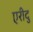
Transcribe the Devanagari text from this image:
एरीदु